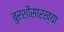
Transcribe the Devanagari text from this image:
बुरशीसारख्या